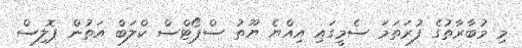
މި މުބާރާތުގެ ފުރަތަމަ ސެމީގައި އިއްޔެ ޔޫތު ސްޕޯޓްސް ކްލަބް އަތުން ޕޮލިސް